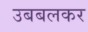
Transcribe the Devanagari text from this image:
उबबलकर